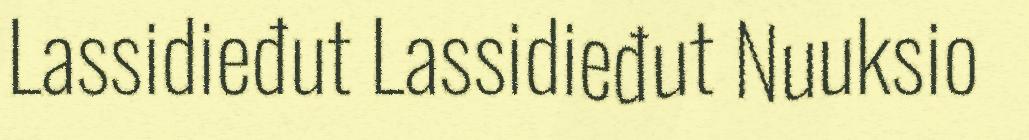
Lassidieđut Lassidieđut Nuuksio